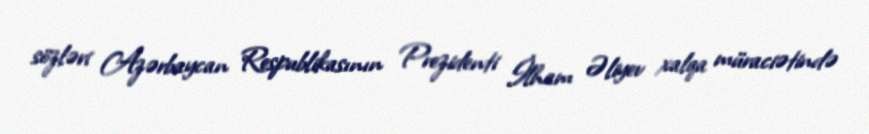
sözləri Azərbaycan Respublikasının Prezidenti İlham Əliyev xalqa müraciətində